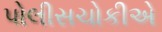
પોલીસચોકીએ